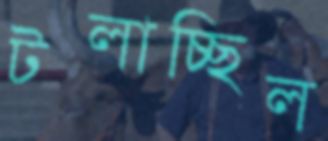
টলাচ্ছিল